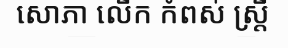
សោភា លើក កំពស់ ស្ត្រី